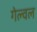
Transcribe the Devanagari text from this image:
गेल्वल